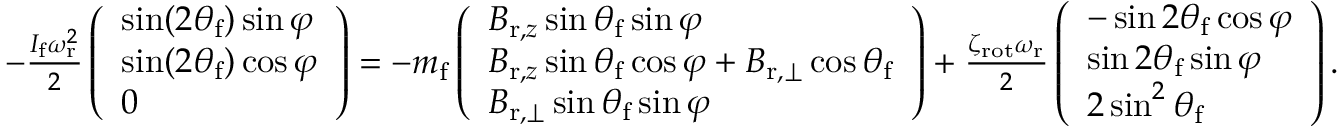
\begin{array} { r } { - \frac { I _ { \mathrm { f } } \omega _ { \mathrm { r } } ^ { 2 } } { 2 } \left( \begin{array} { l } { \sin ( 2 \theta _ { \mathrm { f } } ) \sin \varphi } \\ { \sin ( 2 \theta _ { \mathrm { f } } ) \cos \varphi } \\ { 0 } \end{array} \right) = - m _ { \mathrm { f } } \left( \begin{array} { l } { B _ { \mathrm { r } , z } \sin \theta _ { \mathrm { f } } \sin \varphi } \\ { B _ { \mathrm { r } , z } \sin \theta _ { \mathrm { f } } \cos \varphi + B _ { \mathrm { r } , \perp } \cos \theta _ { \mathrm { f } } } \\ { B _ { \mathrm { r } , \perp } \sin \theta _ { \mathrm { f } } \sin \varphi } \end{array} \right) + \frac { \zeta _ { \mathrm { r o t } } \omega _ { \mathrm { r } } } { 2 } \left( \begin{array} { l } { - \sin 2 \theta _ { \mathrm { f } } \cos \varphi } \\ { \sin 2 \theta _ { \mathrm { f } } \sin \varphi } \\ { 2 \sin ^ { 2 } \theta _ { \mathrm { f } } } \end{array} \right) . } \end{array}